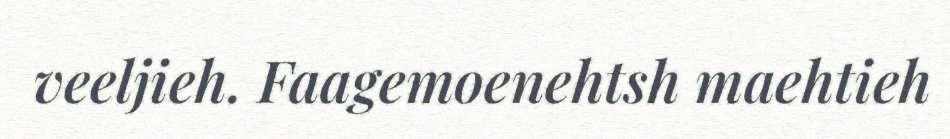
veeljieh. Faagemoenehtsh maehtieh